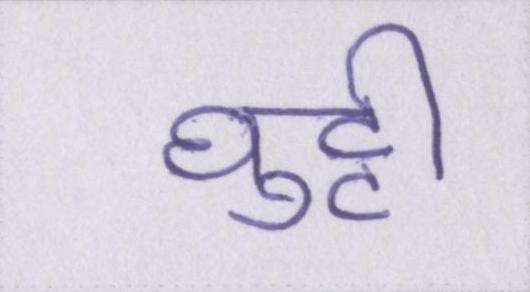
घुट्टी